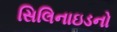
સિલિનાઇડનો